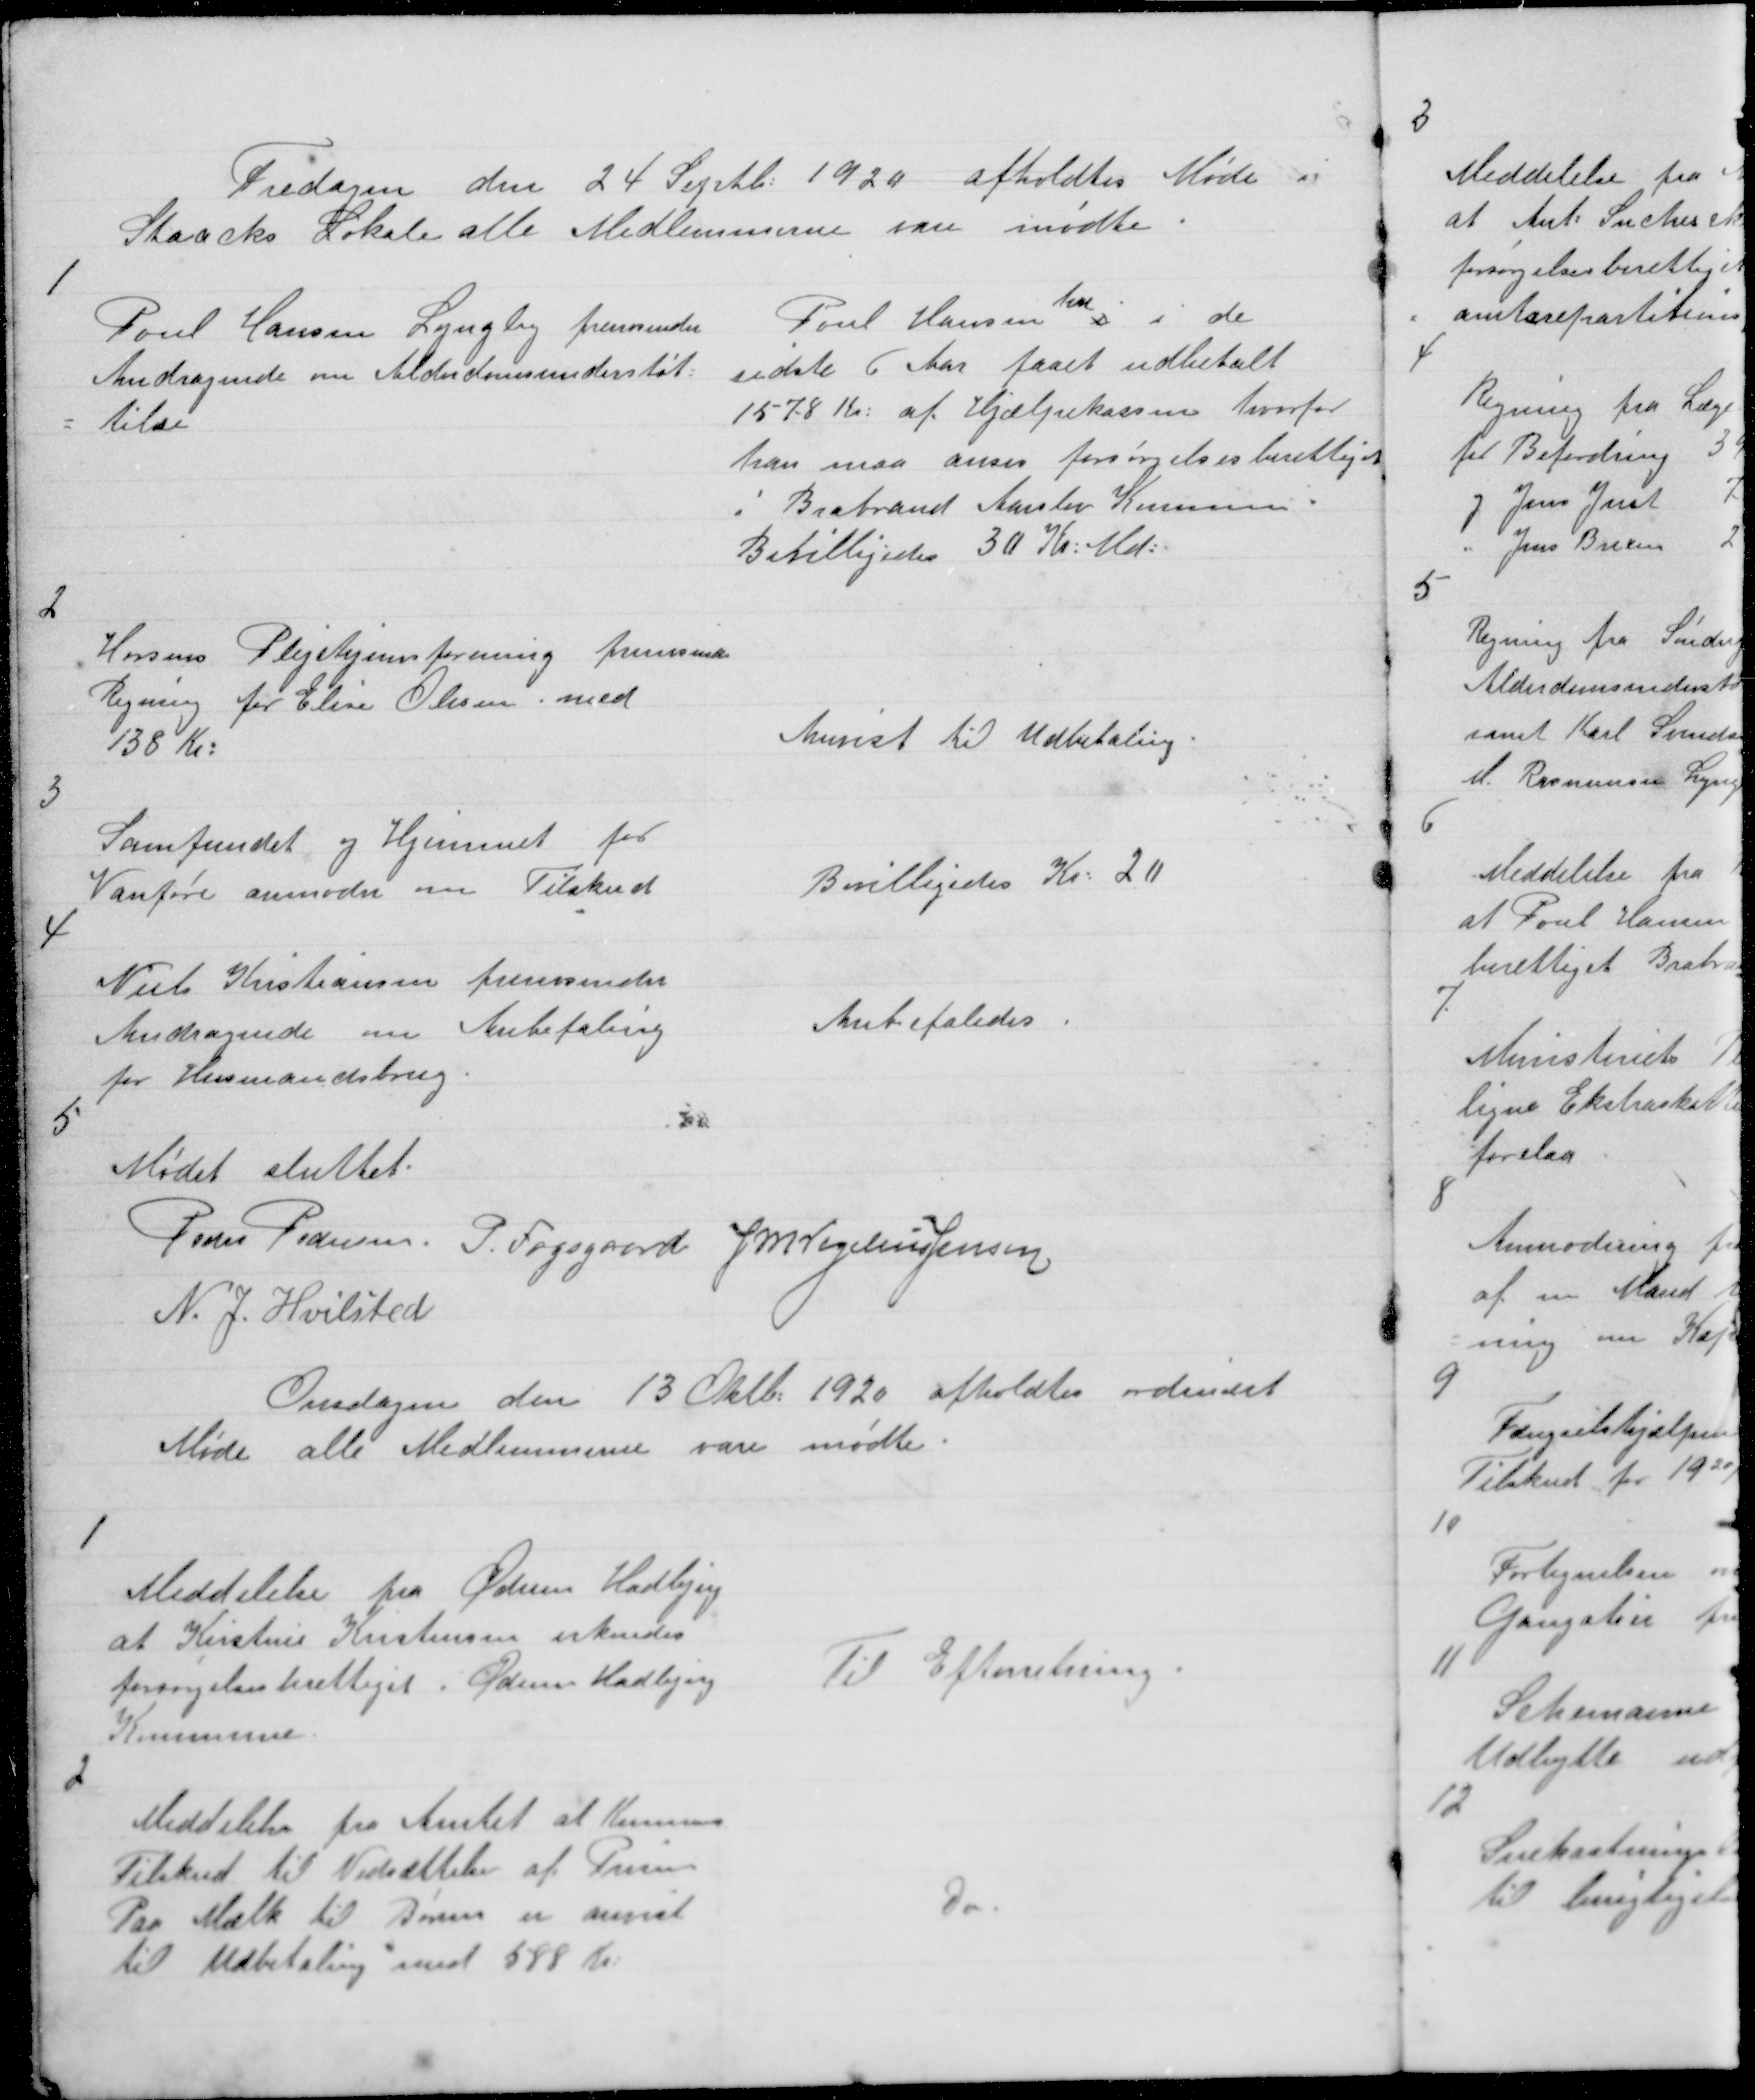
Transskription:
Fredagen den 24. Septb: 1920 afholdtes Møde i
Staacks Lokale alle Medlemmerne vare mødte

1

Poul Hansen Lyngby fremsender
Andragende om Alderdomsunderstøt=
= telse

Poul Hansen
har
i i de
sidste 6 Aar faaet udbetalt
1578 Kr: af Hjælpekassen hvorfor
han maa anses forsørgelsesberettiget
i Brabrand Aarslev Komune.
Bevilligedes 30 Kr: Md:

2

Horsens Plejehjemsforening fremsender
Regning for Elise Olesen med
138 kr:

Anvist til Udbetaling.

3

Samfundet og Hjemmet for
Vanføre anmoder om Tilskud

Bevilligedes Kr: 20

4

Niels Kristiansen fremsender
Andragende om Anbefaling
for Husmandsbrug.

Anbefaledes

5

Mødet sluttet
Peder Pedersen P. Fogsgaard J M Vogelius Jensen
N. J. Hvilsted

Onsdagen den 13 Oktb: 1920 afholdtes ordinært
Møde alle Medlemmerne vare mødte

1

Meddelelse fra Ødum Hadbjerg
at Kirstine Kristensen erkendes
forsørgelsesberettiget i Ødum Hadbjerg
Kommune

Til Efterretning.

2

Meddelelse fra Amtet at Komunes
Tilskud til Nedsættelse af Prisen
Paa Mælk til Børn er anvist
til Udbetaling med 588 Kr:

Do